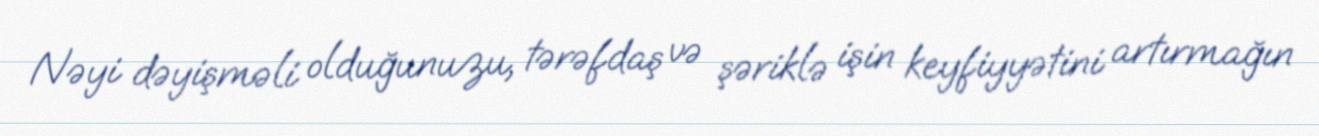
Nəyi dəyişməli olduğunuzu, tərəfdaş və şəriklə işin keyfiyyətini artırmağın